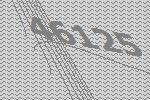
46125